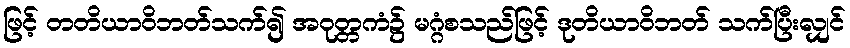
ဖြင့် တတိယာဝိဘတ်သက်၍ အဝုတ္တကံ၌ မဂ္ဂံစသည်ဖြင့် ဒုတိယာဝိဘတ် သက်ပြီးလျှင်